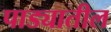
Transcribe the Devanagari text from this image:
पाड्यातील